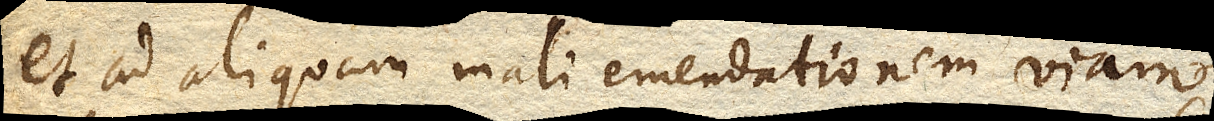
et ad aliquam mali emendationem viam